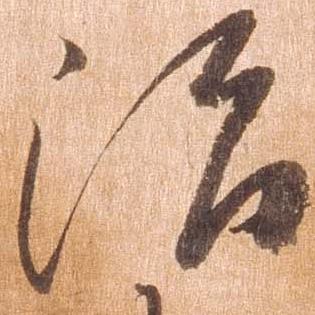
治